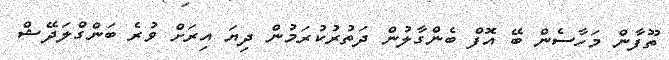
ތޫފާން މަހާސެން ބޭ އޮފް ބެންގާލުން ދަތުރުކުރަމުން ދިޔަ އިރަށް ވުރެ ބަންގްލަދޭޝް